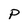
Character: P